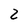
Character: 2